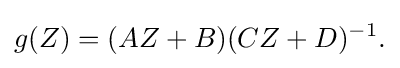
\displaystyle {g(Z)=(AZ+B)(CZ+D)^{-1}.}